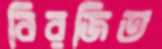
বিরজিত